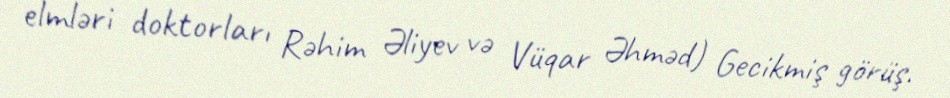
elmləri doktorları Rəhim Əliyev və Vüqar Əhməd) Gecikmiş görüş.